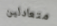
متعادلين